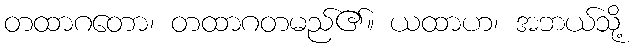
တထာဂတော၊ တထာဂတမည်၏။ ယထာဟ၊ အဘယ်သို့